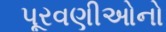
પૂરવણીઓનો